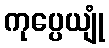
ကုပ္ပေယျုံ